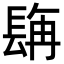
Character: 𮣿